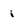
Character: i